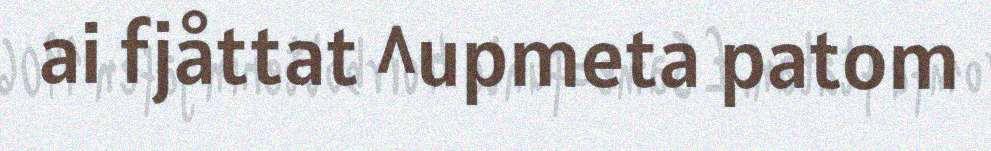
ai fjåttat ^upmeta patom